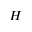
\cal { H }